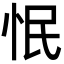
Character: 怋